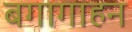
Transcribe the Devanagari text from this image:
बगागाहन